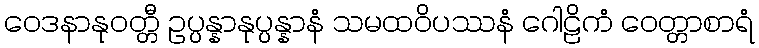
ဝေဒနာနုဝတ္တီ ဥပ္ပန္နာနုပ္ပန္နာနံ သမထဝိပဿနံ ဂေါဠိကံ ဝေတ္တာစာရံ